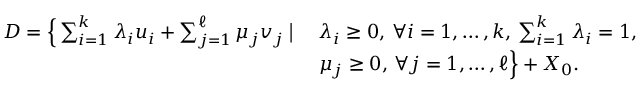
\begin{array} { r } { \begin{array} { l l } { D = \Big \{ \sum _ { i = 1 } ^ { k } \lambda _ { i } u _ { i } + \sum _ { j = 1 } ^ { \ell } \mu _ { j } v _ { j } \; \big | \; } & { \lambda _ { i } \geq 0 , \, \forall i = 1 , \ldots , k , \, \sum _ { i = 1 } ^ { k } \lambda _ { i } = 1 , } \\ & { \mu _ { j } \geq 0 , \, \forall j = 1 , \ldots , \ell \Big \} + X _ { 0 } . } \end{array} } \end{array}